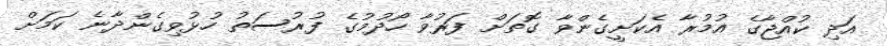
އަދި ކުއްޖާގެ އުމުރާ އެކަށީގެންވާ ގޮތަށް ފަރުވާ ހޯދުމުގެ ފުރުސަތު ހުޅުވިގެންދާނެ ކަމަށް